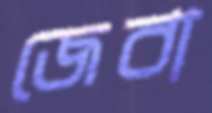
জেবা